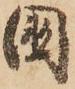
国